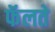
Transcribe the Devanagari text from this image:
फॅलते